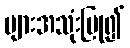
များအသုံးပြု၍